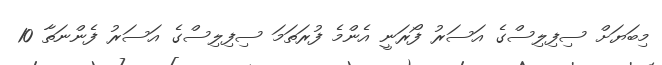
މިބަޔަށް ސިފިލިސްގެ އަސަރު ފޯރަނީ އެންމެ ފުރަތަމަ ސިފިލިސްގެ އަސަރު ފެންނަތާ 10